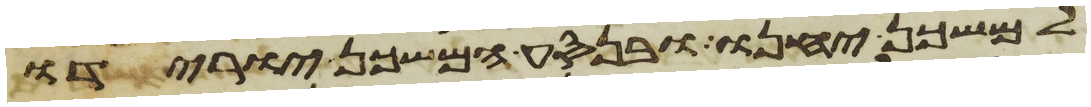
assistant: למשכן יחנו ובנסע המשכן יורידו